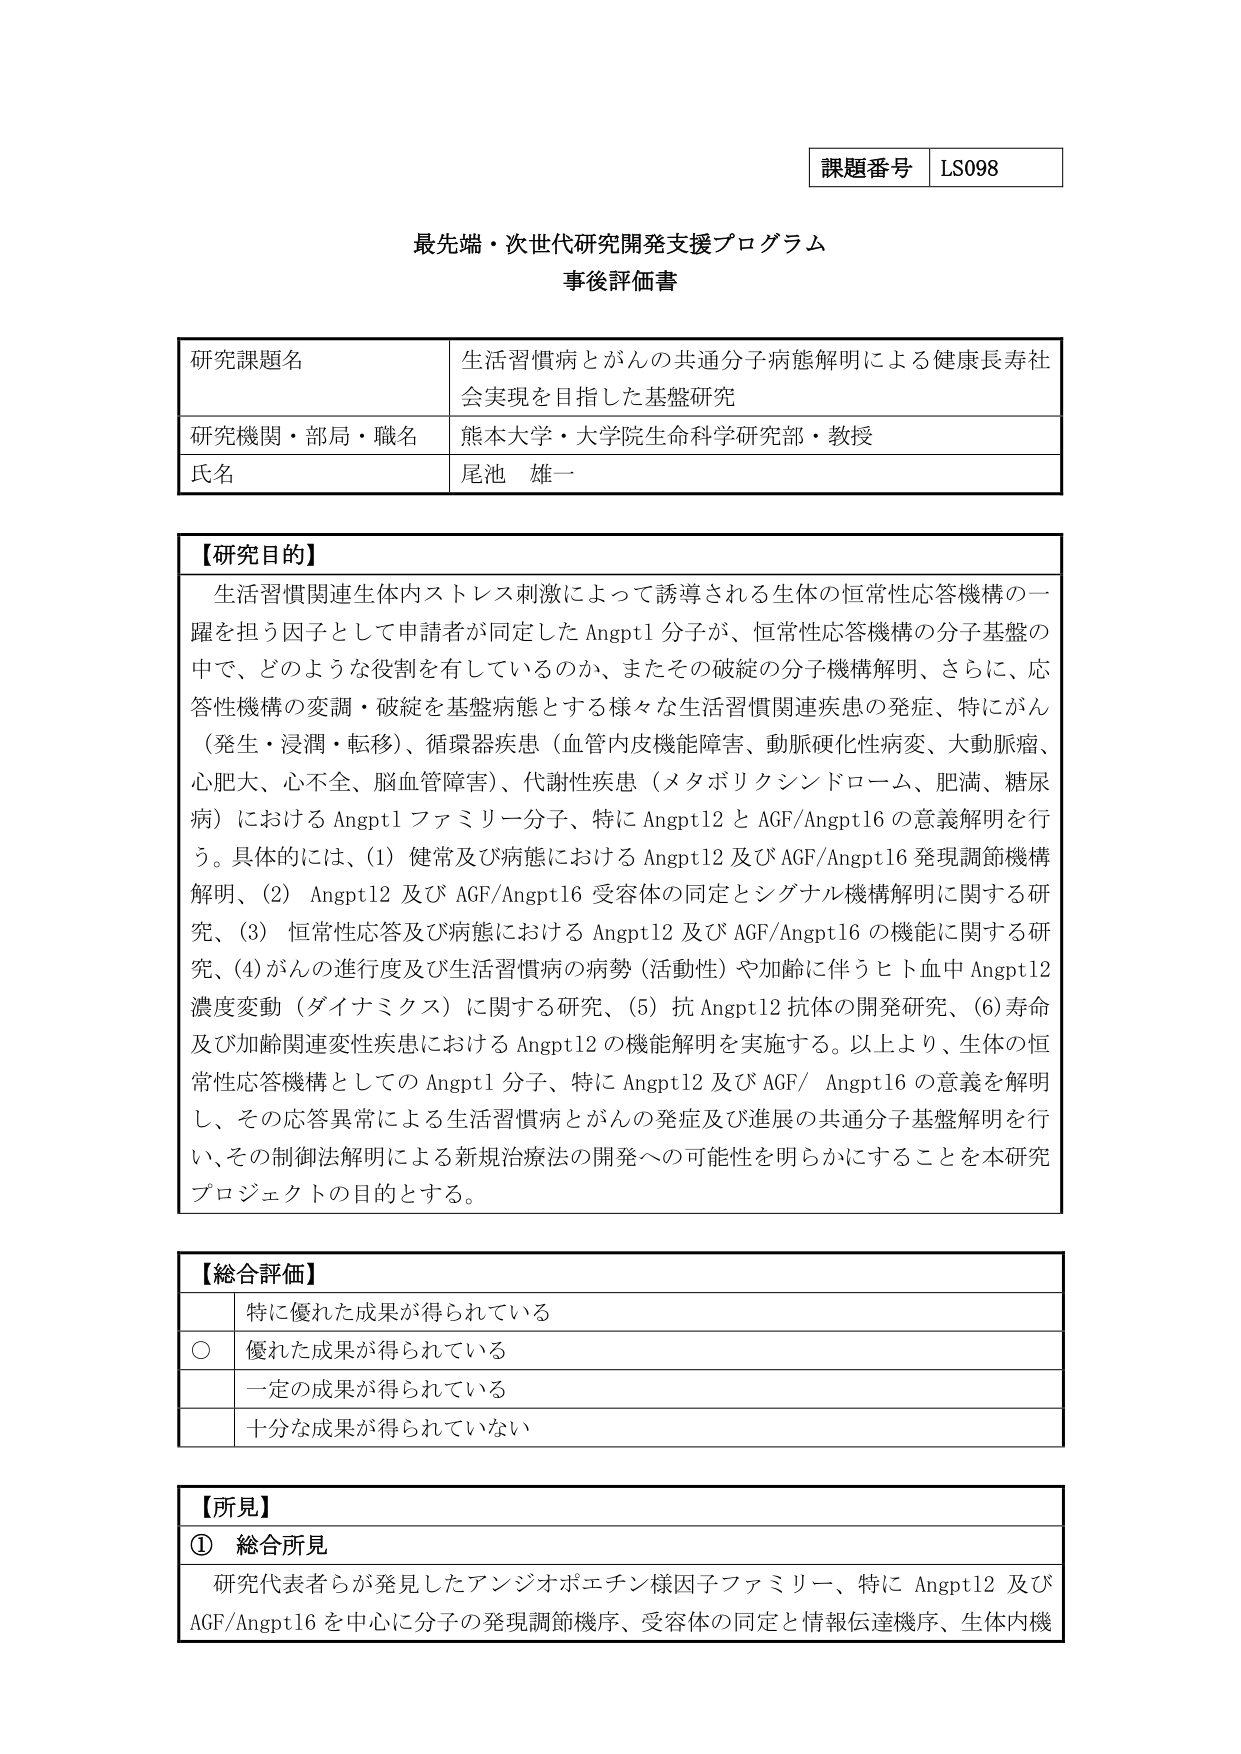
課題番号 LS098

最先端・次世代研究開発支援プログラム
事後評価書

研究課題名 生活習慣病とがんの共通分子病態解明による健康長寿社会実現を目指した基盤研究
研究機関・部局・職名 熊本大学・大学院生命科学研究部・教授
氏名 尾池 雄一

【研究目的】
生活習慣関連生体内ストレス刺激によって誘導される生体の恒常性応答機構の一躍を担う因子として申請者が同定したAngpt1分子が、恒常性応答機構の分子基盤の中で、どのような役割を有しているのか、またその破綻の分子機構解明、さらに、応答性機構の変調・破綻を基盤病態とする様々な生活習慣関連疾患の発症、特にがん（発生・浸潤・転移）、循環器疾患（血管内皮機能障害、動脈硬化性病変、大動脈瘤、心肥大、心不全、脳血管障害）、代謝性疾患（メタボリクシンドローム、肥満、糖尿病）におけるAngpt1ファミリー分子、特にAngpt12とAGF/Angpt16の意義解明を行う。具体的には、(1) 健常及び病態におけるAngpt12及びAGF/Angpt16発現調節機構解明、(2) Angpt12及びAGF/Angpt16受容体の同定とシグナル機構解明に関する研究、(3) 恒常性応答及び病態におけるAngpt12及びAGF/Angpt16の機能に関する研究、(4) がんの進行度及び生活習慣病の病勢（活動性）や加齢に伴うヒト血中Angpt12濃度変動（ダイナミクス）に関する研究、(5) 抗Angpt12抗体の開発研究、(6) 寿命及び加齢関連変性疾患におけるAngpt12の機能解明を実施する。以上より、生体の恒常性応答機構としてのAngpt1分子、特にAngpt12及びAGF/Angpt16の意義を解明し、その応答異常による生活習慣病とがんの発症及び進展の共通分子基盤解明を行い、その制御法解明による新規治療法の開発への可能性を明らかにすることを本研究プロジェクトの目的とする。

【総合評価】
○ 優れた成果が得られている
　特に優れた成果が得られている
　一定の成果が得られている
　十分な成果が得られていない

【所見】
① 総合所見
研究代表者らが発見したアンジオポエチン様因子ファミリー、特にAngpt12及びAGF/Angpt16を中心に分子の発現調節機序、受容体の同定と情報伝達機序、生体内機